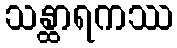
သန္ထာရကဿ